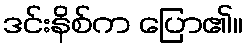
ဒင်းနိစ်က ပြော၏။